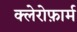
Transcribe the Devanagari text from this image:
क्लेरोफ़ार्म